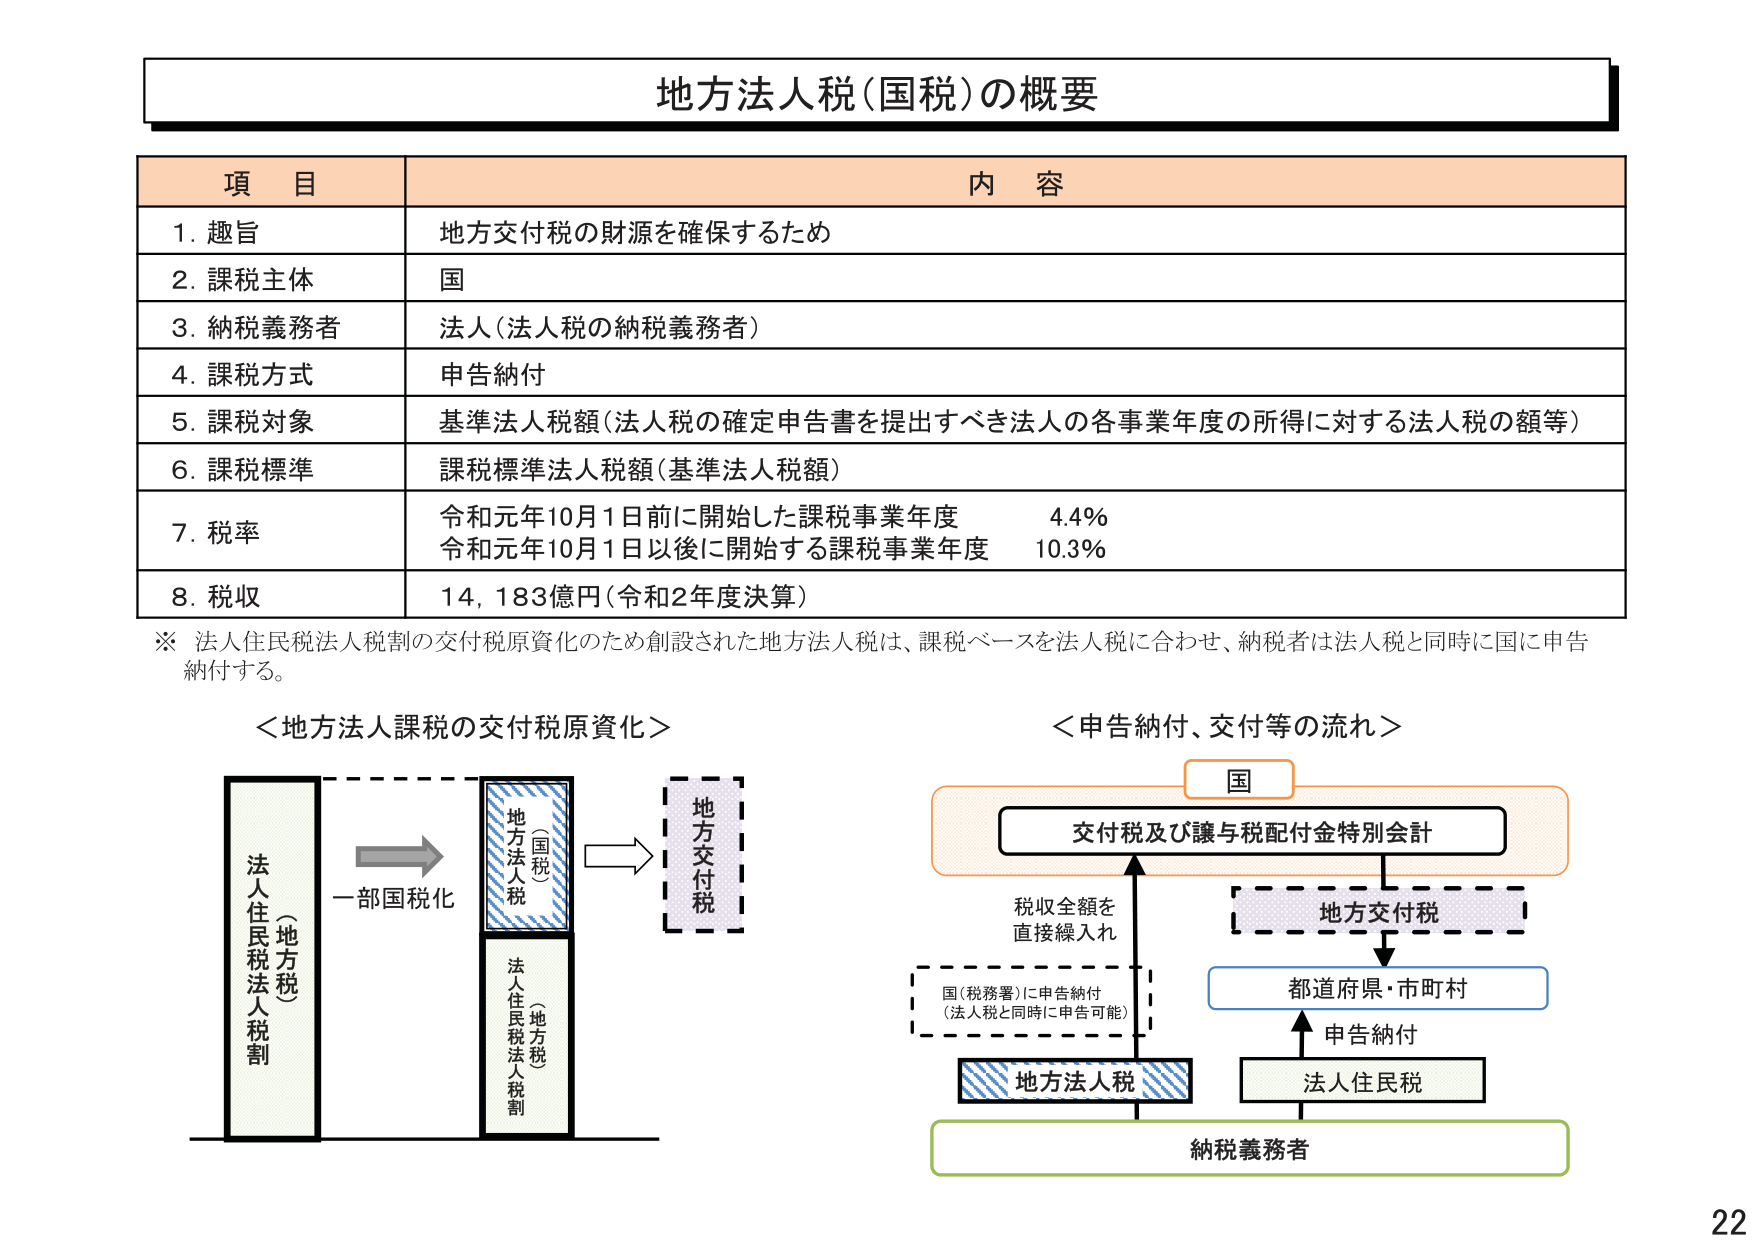
地方法人税（国税）の概要

項 目 内 容
1. 趣旨 地方交付税の財源を確保するため
2. 課税主体 国
3. 納税義務者 法人（法人税の納税義務者）
4. 課税方式 申告納付
5. 課税対象 基準法人税額（法人税の確定申告書を提出すべき法人の各事業年度の所得に対する法人税の額等）
6. 課税標準 課税標準法人税額（基準法人税額）
7. 税率 令和元年10月1日前に開始した課税事業年度 4.4%
　　令和元年10月1日以後に開始する課税事業年度 10.3%
8. 税収 14,183億円（令和2年度決算）

※ 法人住民税法人税割の交付税原資化のため創設された地方法人税は、課税ベースを法人税に合わせ、納税者は法人税と同時に国に申告納付する。

＜地方法人課税の交付税原資化＞
法人住民税法人税割（地方税）
一部国税化
地方法人税（国税）
法人住民税法人税割（地方税）
地方交付税

＜申告納付、交付等の流れ＞
国
交付税及び譲与税配付金特別会計
税収全額を直接繰入れ
国（税務署）に申告納付（法人税と同時に申告可能）
地方法人税
都道府県・市町村
申告納付
法人住民税
納税義務者

22